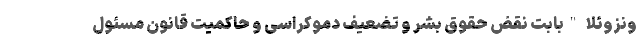
ونزوئلا "بابت نقض حقوق بشر و تضعیف دموکراسی و حاکمیت قانون مسئول